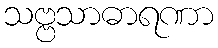
သဗ္ဗသာဓာရဏာ